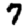
Digit: 7